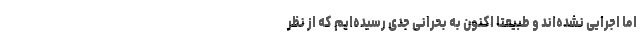
اما اجرایی نشده‌اند و طبیعتا اکنون به بحرانی جدی رسیده‌ایم که از نظر